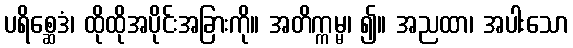
ပရိစ္ဆေဒံ၊ ထိုထိုအပိုင်းအခြားကို။ အတိက္ကမ္မ၊ ၍။ အညထာ၊ အပါးသော